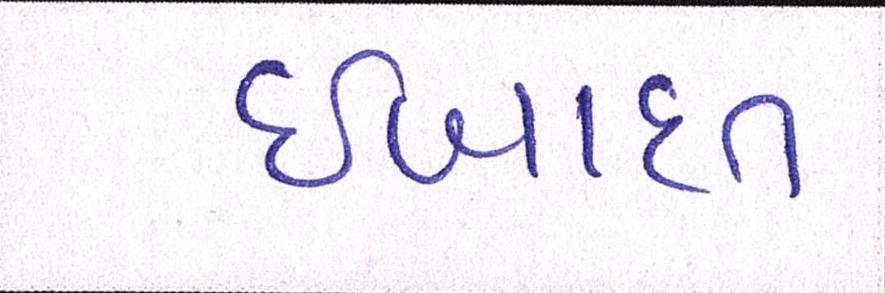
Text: ઈબાદત